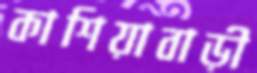
কাশিয়াবাড়ী